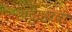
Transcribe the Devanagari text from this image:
अट्ठाहरवीं